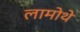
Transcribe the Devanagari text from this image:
लामोथे